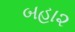
બહા૨